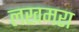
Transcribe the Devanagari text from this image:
लखमरा